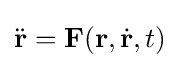
{\ddot {\mathbf {r} }}=\mathbf {F} (\mathbf {r} ,{\dot {\mathbf {r} }},t)